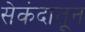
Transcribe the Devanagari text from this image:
सेकंदातून